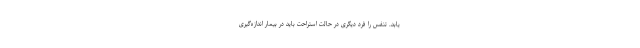
یابد. تنفس را فرد دیگری در حالت استراحت باید در بیمار اندازه‌گیری